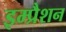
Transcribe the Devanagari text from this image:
इम्प्रैशन